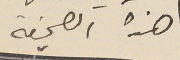
هذه الصحيفة